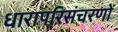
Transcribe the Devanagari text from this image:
धारापरिसंचरणों